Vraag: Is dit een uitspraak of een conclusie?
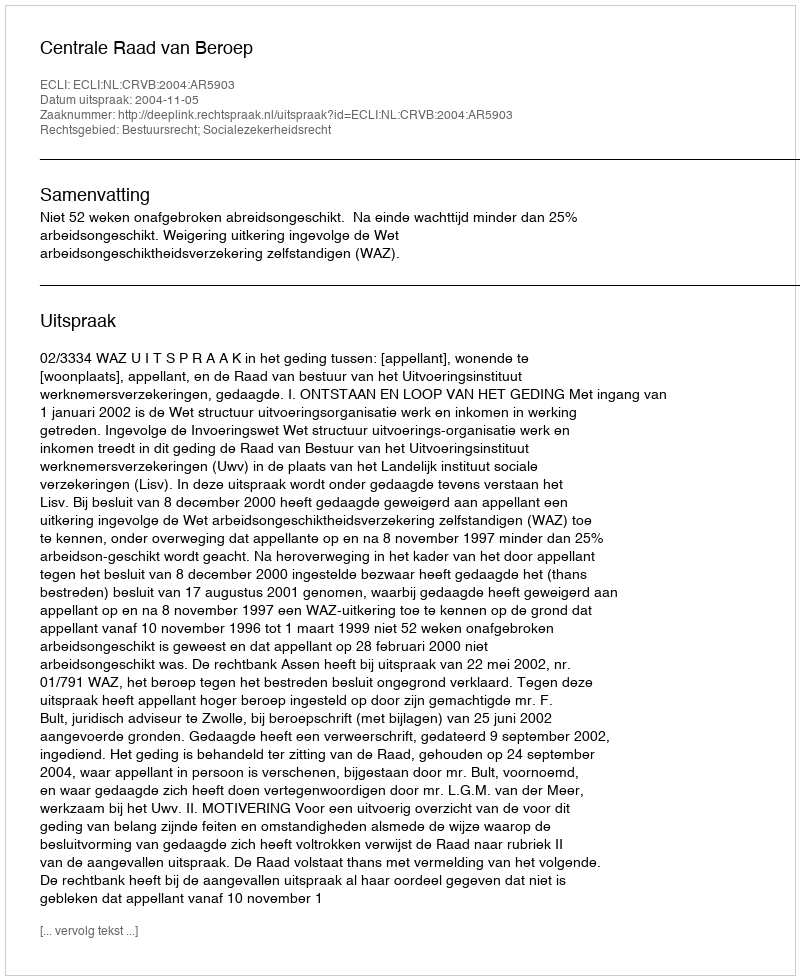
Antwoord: Uitspraak